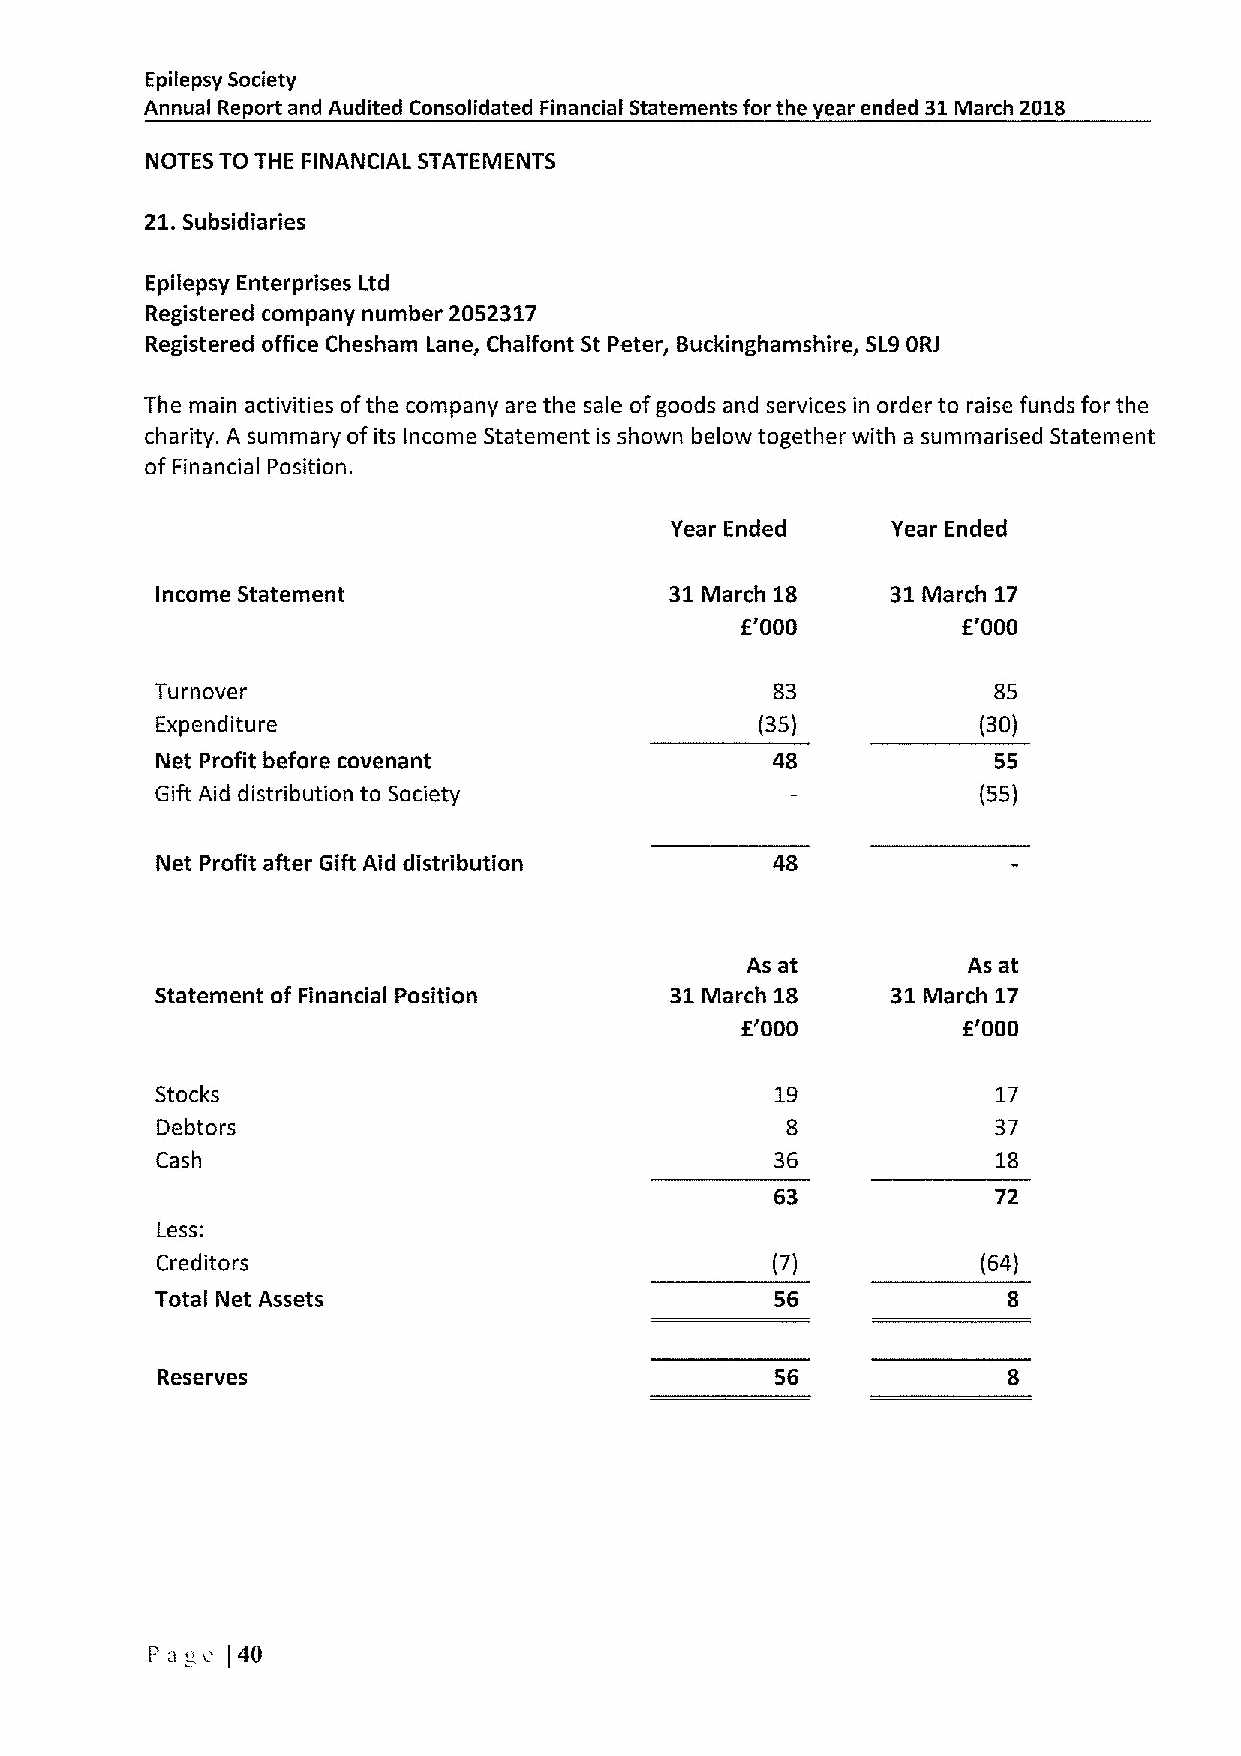
Epilepsy Society
 Annual Report and Audited Consolidated Financial Statements for the year ended 31March 2018
 NOTES TO THE FINANCIAL STATEMENTS
 21.Subsidiaries
 Epilepsy Enterprises Ltd
 Registered company number 2052317
 Registered office Chesham Lane, Chalfont St Peter, Buckinghamshire, SL9ORJ
 The main activities ofthe company are the sale ofgoods and services in order to raise funds for the
 charity. A summary of its Income Statement is shown below together with a summarised Statement
 of Financial Position.
 Year Ended     Year Ended
 Income Statement                  31March 18     31March 17
 E'000          E'000
 Turnover                                 83             85
 Expenditure                             (35)           (30)
 Net Profit before covenant               48             55
 Gift Aid distribution to Society                       (55)
 Net Profit after Gift Aid distribution
 As at          As at
 Statement of Financial Position   31March 18     31March 17
 E'000          E'000
 Stocks                                   19             17
 Debtors                                   8             37
 Cash                                     36             18
 63             72
 Less:
 Creditors                                              (64)
 Total Net Assets                         56
 Reserves                                 56
 I='agc (40